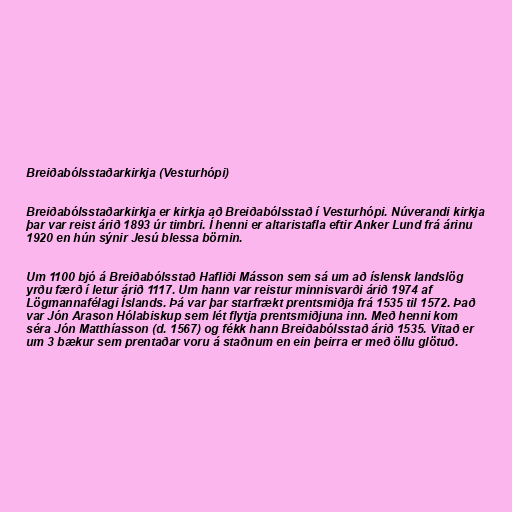
Breiðabólsstaðarkirkja (Vesturhópi)

Breiðabólsstaðarkirkja er kirkja að Breiðabólsstað í Vesturhópi. Núverandi kirkja
þar var reist árið 1893 úr timbri. Í henni er altaristafla eftir Anker Lund frá árinu
1920 en hún sýnir Jesú blessa börnin.

Um 1100 bjó á Breiðabólsstað Hafliði Másson sem sá um að íslensk landslög
yrðu færð í letur árið 1117. Um hann var reistur minnisvarði árið 1974 af
Lögmannafélagi Íslands. Þá var þar starfrækt prentsmiðja frá 1535 til 1572. Það
var Jón Arason Hólabiskup sem lét flytja prentsmiðjuna inn. Með henni kom
séra Jón Matthíasson (d. 1567) og fékk hann Breiðabólsstað árið 1535. Vitað er
um 3 bækur sem prentaðar voru á staðnum en ein þeirra er með öllu glötuð.